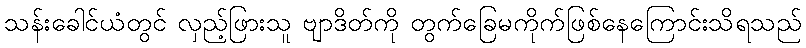
သန်းခေါင်ယံတွင် လှည့်ဖြားသူ ဗျာဒိတ်ကို တွက်ခြေမကိုက်ဖြစ်နေကြောင်းသိရသည်